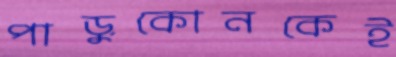
পাড়ুকোনকেই